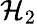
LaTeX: {\mathcal{H}}_{2}